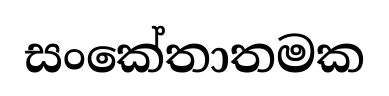
සංකේතාතමක